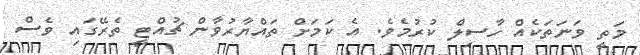
މަތީ ވަނަތަކެއް ހާސިލް ކުރުމެވެ. އެ ކަމަށް ތައްޔާރުވާން ޗުއްޓީ ތެރޭގައި ވެސް